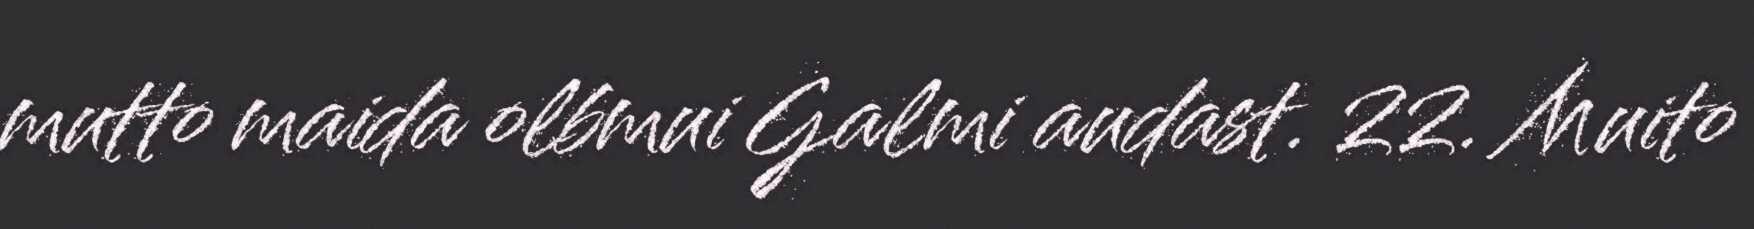
mutto maida olbmui Galmi audast. 22. Muito